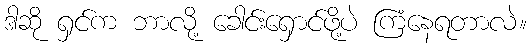
ဒါဆို ရှင်က ဘာလို့ ခေါင်းရှောင်ဖို့ပဲ ကြံနေရတာလဲ။